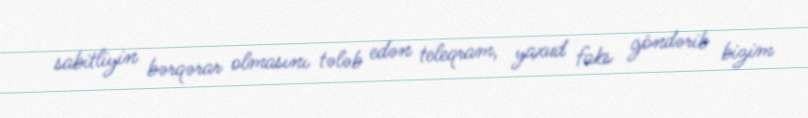
sabitliyin bərqərar olmasını tələb edən teleqram, yaxud faks göndərib bizim